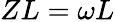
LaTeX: ZL=\omega L